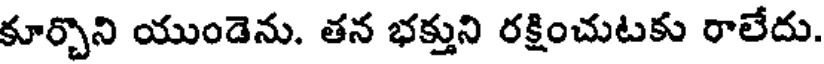
కూర్చొని యుండెను. తన భక్తుని రక్షించుటకు రాలేదు.